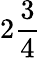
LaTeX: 2{\frac{3}{4}}